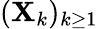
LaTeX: (\mathbf{X}_{k})_{k\geq1}